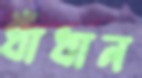
ধাঁধান